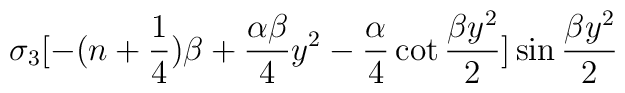
\sigma _3 [-(n + {1 \over 4}) \beta + {\alpha \beta \over 4} y^2 -{\alpha \over 4}\cot {\beta y^2 \over 2}] \sin {\beta y^2 \over 2}